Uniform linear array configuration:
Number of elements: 8
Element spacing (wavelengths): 0.25
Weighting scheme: exponential
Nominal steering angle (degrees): -60
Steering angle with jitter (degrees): -58.803
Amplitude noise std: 0.05
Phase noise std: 0.05

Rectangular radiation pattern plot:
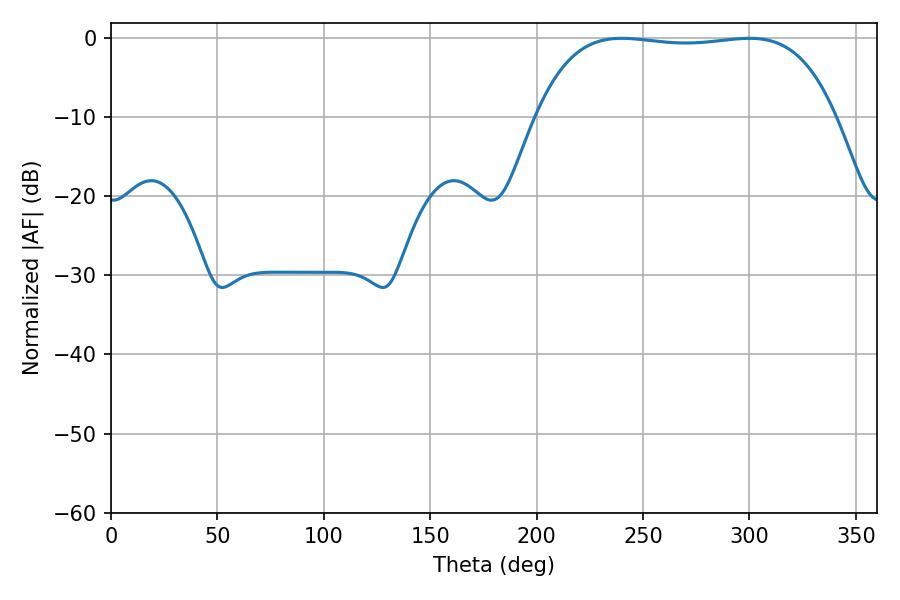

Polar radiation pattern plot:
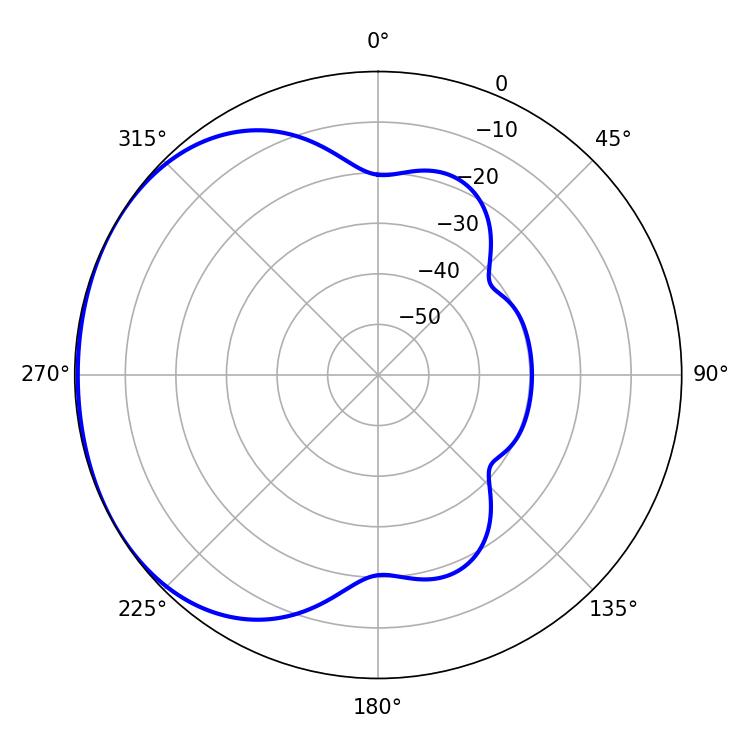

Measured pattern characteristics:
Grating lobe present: FALSE
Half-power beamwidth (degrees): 111.24
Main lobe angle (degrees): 239.94